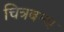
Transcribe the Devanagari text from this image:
चित्रबन्ध